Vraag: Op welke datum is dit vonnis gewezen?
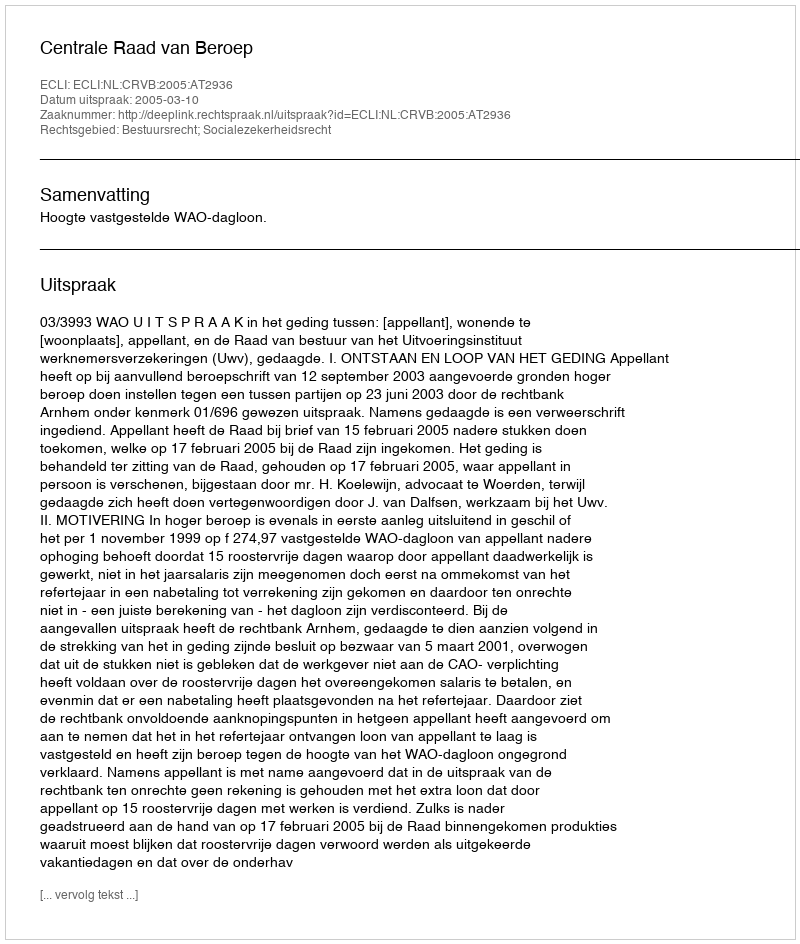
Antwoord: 2005-03-10